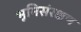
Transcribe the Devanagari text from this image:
भूमिसंरक्षण